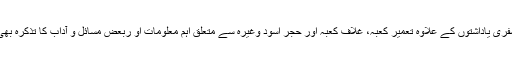
اس میں سفری یاداشتوں کے علاوہ تعمیر کعبہ، غلاف کعبہ اور حجر اسود وغیرہ سے متعلق اہم معلومات او ربعض مسائل و آداب کا تذکرہ بھی آگیا ہے۔